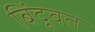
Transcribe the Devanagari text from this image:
बिंदूवत